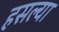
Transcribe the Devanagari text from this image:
हसल्या